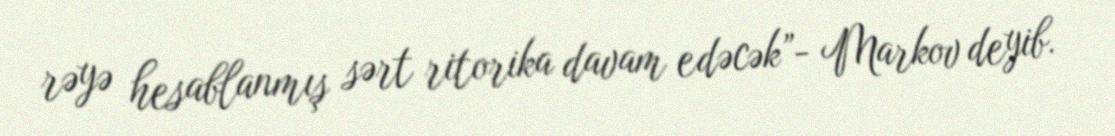
rəyə hesablanmış sərt ritorika davam edəcək”- Markov deyib.